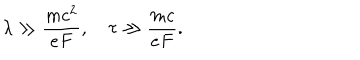
\lambda \gg \frac { m c ^ { 2 } } { e F } , \quad \tau \gg \frac { m c } { e F } .